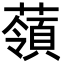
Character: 䕘